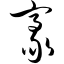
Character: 豪